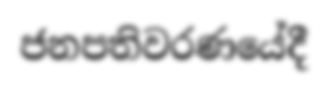
ජනපතිවරණයේදී